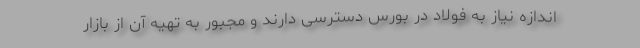
اندازه نیاز به فولاد در بورس دسترسی دارند و مجبور به تهیه آن از بازار